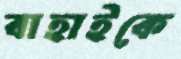
বাহাইকে